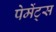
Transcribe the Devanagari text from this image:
पेमेंट्‌स